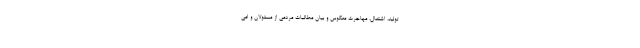
تولید، اشتغال، مهاجرت معکوس و بیان مطالبات مردمی از مسئولان و امی